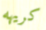
كريهه